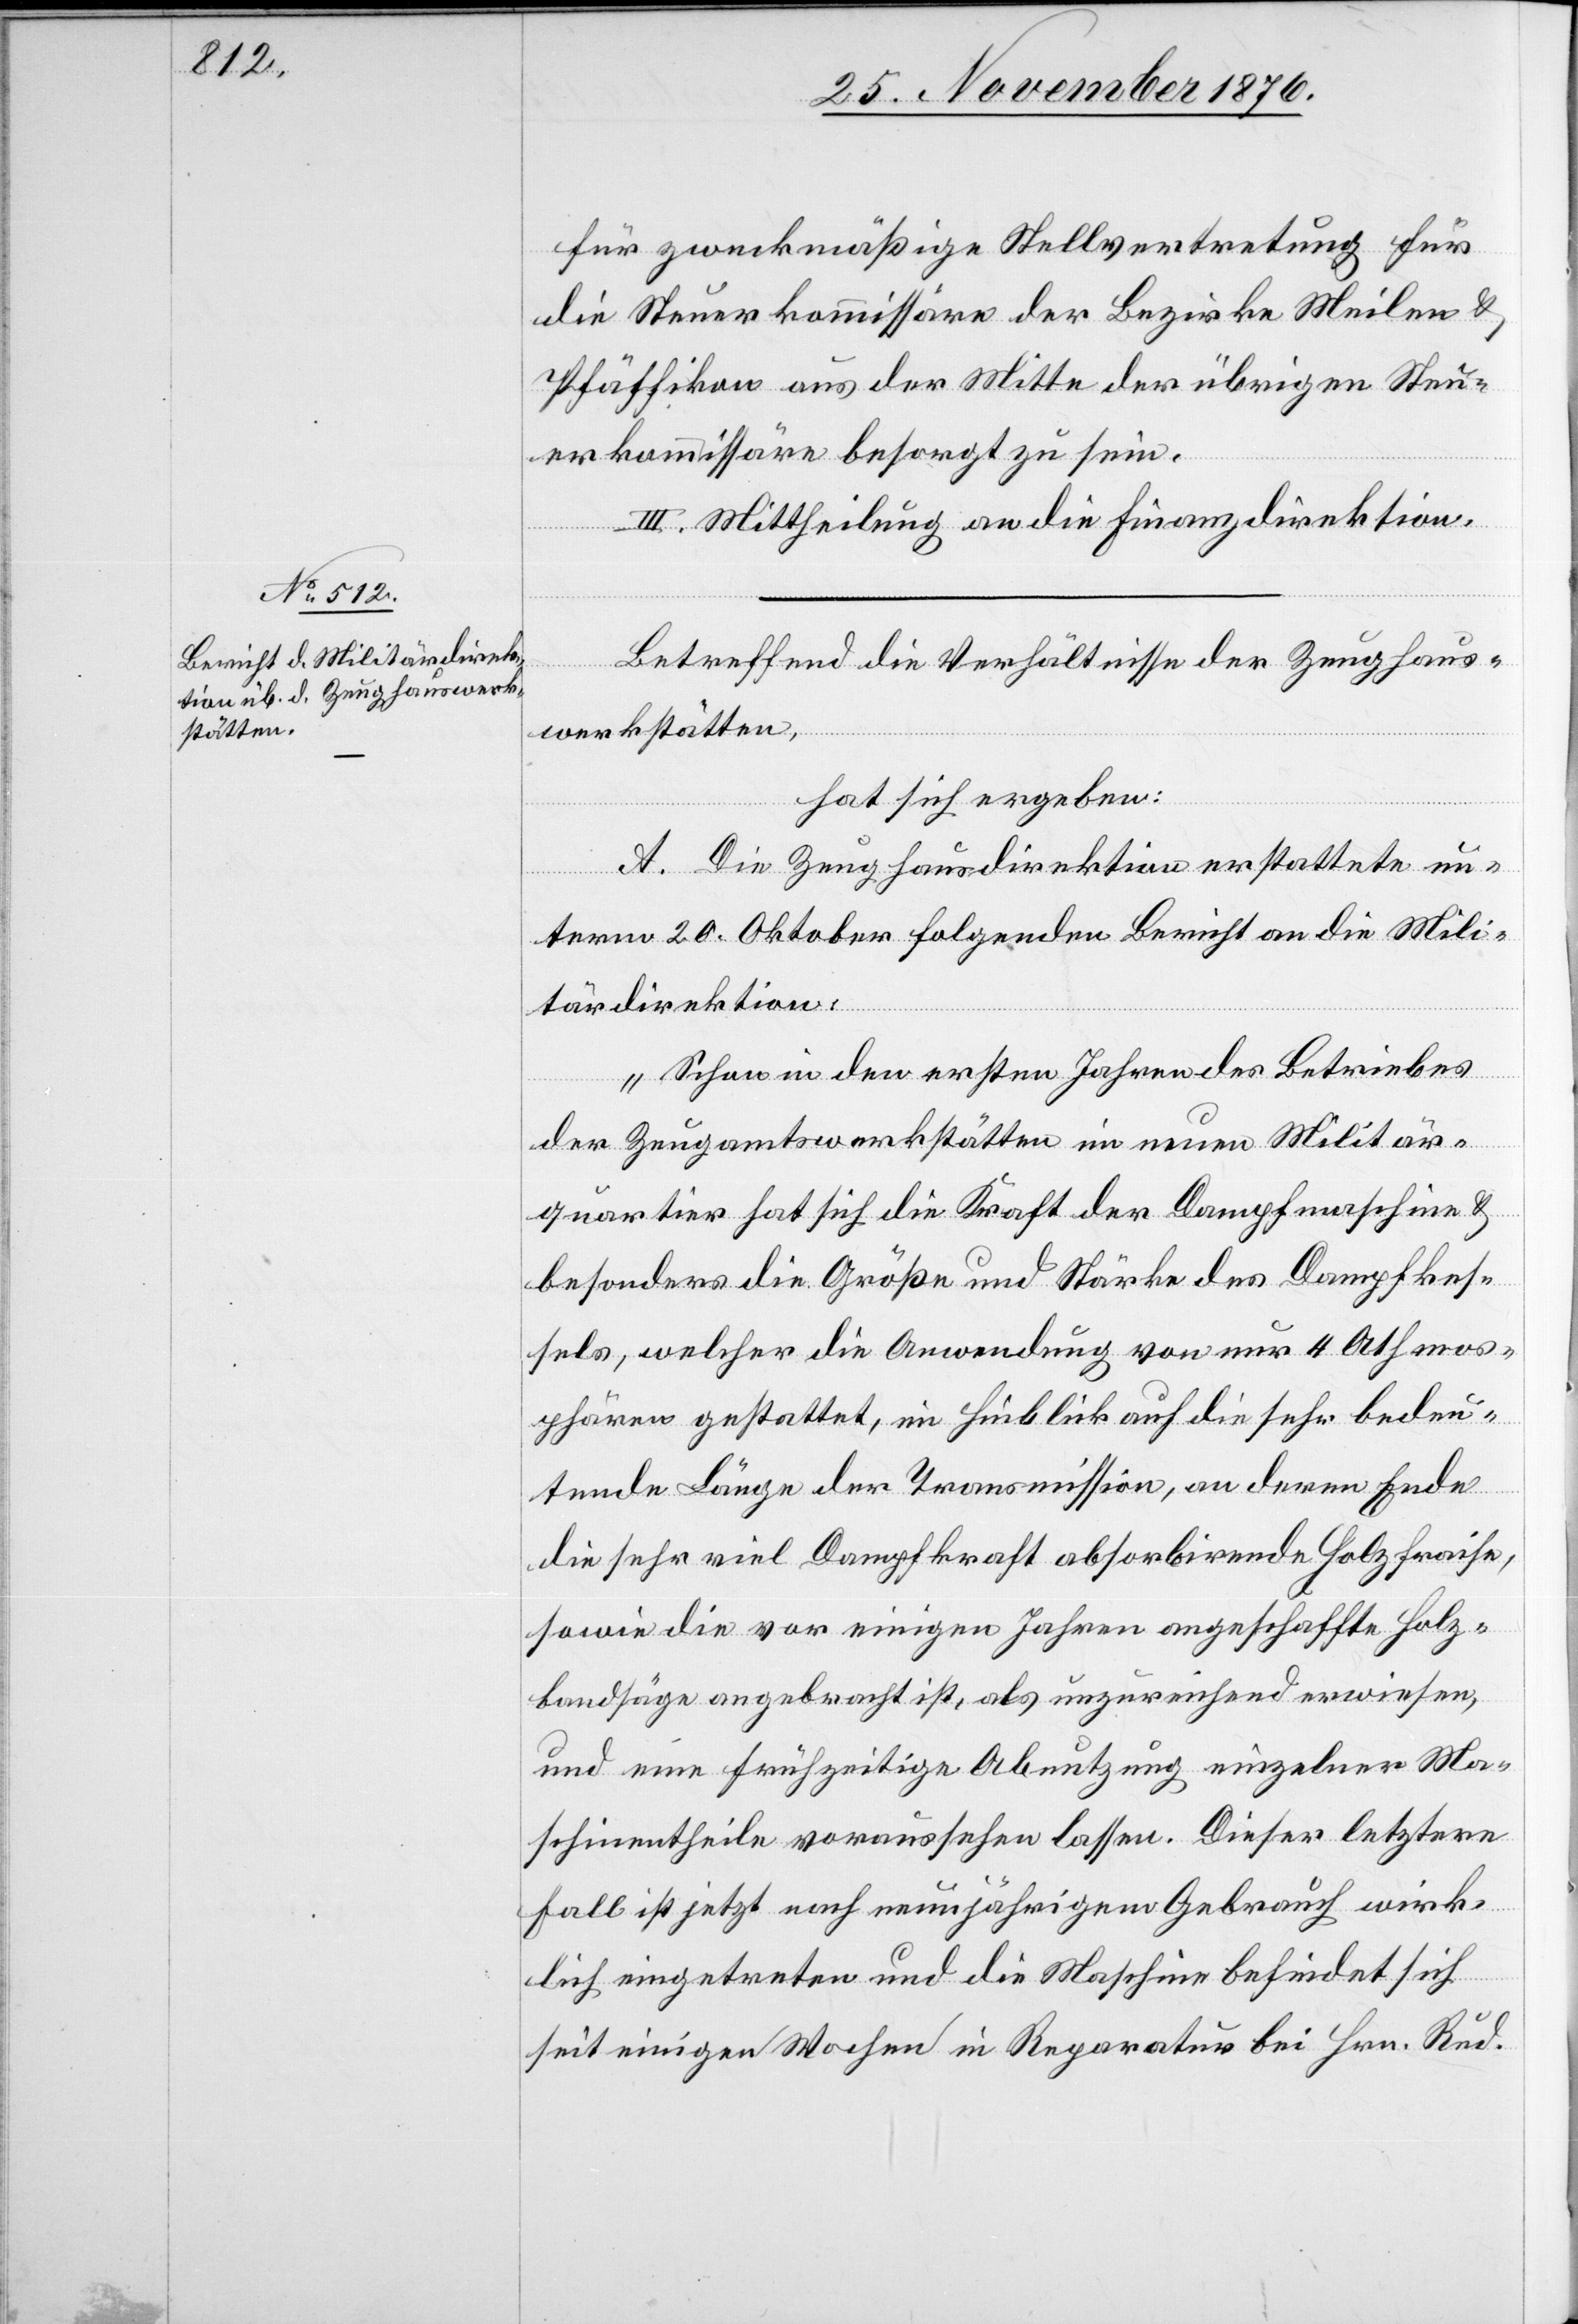
für zweckmäßige Stellvertretung für
die Steuerkommissäre der Bezirke Meilen &
Pfäffikon aus der Mitte der übrigen Steu¬
erkommissäre besorgt zu sein.
III. Mittheilung an die Finanzdirektion.
Betreffend die Verhältnisse der Zeughaus¬
werkstätten,
hat sich ergeben:
A. Die Zeughausdirektion erstattete un¬
term 20. Oktober folgenden Bericht an die Mili¬
tärdirektion:
„Schon in den ersten Jahren des Betriebes
der Zeugamtswerkstätten im neuen Militär¬
quartier hat sich die Kraft der Dampfmaschine &
besonders die Größe und Stärke des Dampfkes¬
sels, welcher die Anwendung von nur 4 Athmos¬
phären gestattet, im Hinblick auf die sehr bedeu¬
tenden Länge der Transmission, an deren Ende
die sehr viel Dampfkraft absorbirende Holzfraise,
sowie die vor einigen Jahren angeschaffte Holz¬
bandsäge angebracht ist, als unzureichend erwiesen,
und eine frühzeitige Abnutzung einzelner Ma¬
schinentheile voraussehen lassen. Dieser letztere
Fall ist jetzt nach neunjährigem Gebrauch wirk¬
lich eingetreten und die Maschine befindet sich
seit einigen Wochen in Reparatur bei Hrn. Rud.